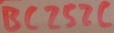
Text: BC252C